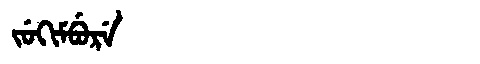
Manchu: ᠵᡠᡴᡳᠮᠪᡠᡵᡝ
Romanization: JUKIMBURE